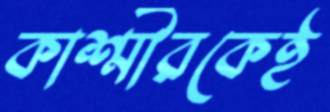
কাশ্মীরকেই